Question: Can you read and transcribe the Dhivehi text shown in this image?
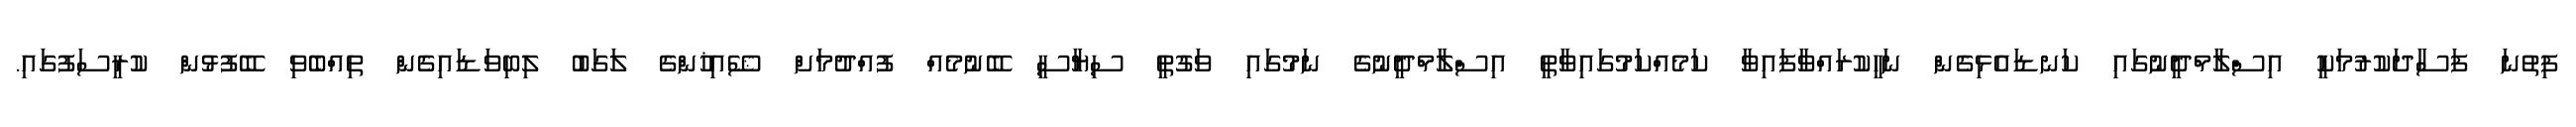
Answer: ފިތުނަ ފަސާދަކުރުމަކީ އިސްލާމްދީނުގައި ކަނޑައެޅިގެން ނަހީކުރައްވާފައިވާ ކަމެއްކަމުގައިވާތީ އިސްލާމްދީނުގެ ނަމުގައި ވަގުތީ ސިޔާސީ ބޭނުމެއް ފުއްދުމަށް ޝޭއިޚުންގެ ލަގަބު ލިބިވަޑައިގެން ތިއްބެވި ބޭފުޅުން ކުރީސަފުގައި.